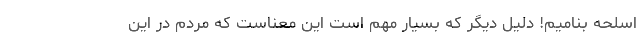
اسلحه بنامیم! دلیل دیگر که بسیار مهم است این معناست که مردم در این